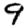
Digit: 9